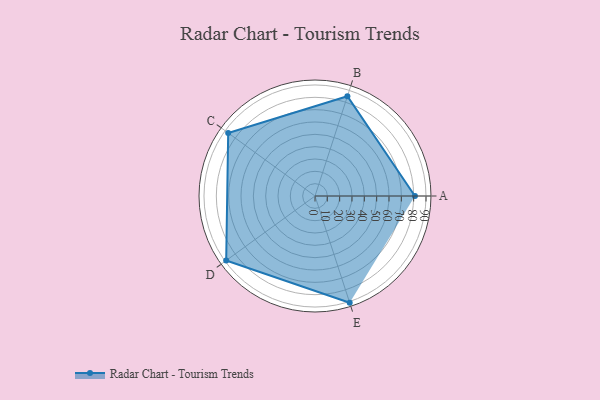
{"axis": {"x": "Skill", "y": "Score"}, "legend": ["Profile"], "data": [{"x": "A", "y": 81.0, "type": "Profile"}, {"x": "B", "y": 85.0, "type": "Profile"}, {"x": "C", "y": 87.0, "type": "Profile"}, {"x": "D", "y": 89.0, "type": "Profile"}, {"x": "E", "y": 91.0, "type": "Profile"}]}